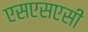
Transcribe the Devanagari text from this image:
एसएसएसी